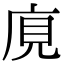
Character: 𢈥